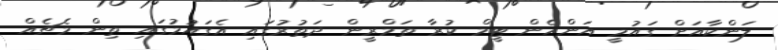
ލަންކާއަށް ގައުމީ އަންހެން ޓީމް ކުރާ ތަމްރީން ދަތުރުގައި އެގައުމުގައި ތިން މެޗެއް